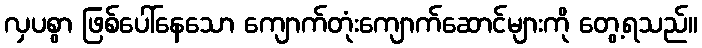
လှပစွာ ဖြစ်ပေါ်နေသော ကျောက်တုံးကျောက်ဆောင်များကို တွေ့ရသည်။